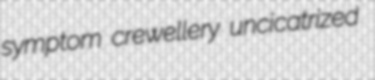
symptom crewellery uncicatrized